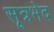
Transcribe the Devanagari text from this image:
सूत्रभेद